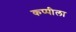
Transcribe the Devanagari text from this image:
कप्पीला